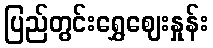
ပြည်တွင်းရွှေဈေးနှုန်း